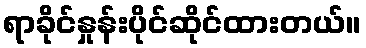
ရာခိုင်နှုန်းပိုင်ဆိုင်ထားတယ်။